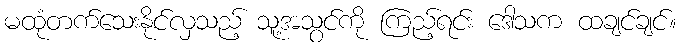
မထုံတက်သေးနိုင်လှသည့် သူ့အသွင်ကို ကြည့်ရင်း ဒေါသက ထချင်ချင်။